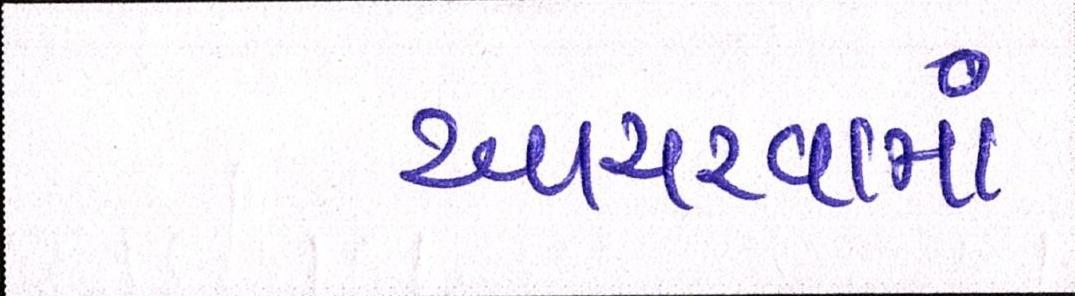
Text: આચરવામાં